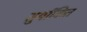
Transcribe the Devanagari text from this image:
सुर्यांकित